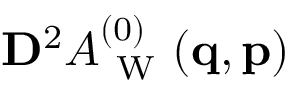
\ensuremath { \mathbf { D } } ^ { 2 } A _ { \mathrm { ~ W ~ } } ^ { ( 0 ) } ( \ensuremath { \mathbf { q } } , \ensuremath { \mathbf { p } } )